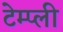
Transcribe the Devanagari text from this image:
टेम्प्ली